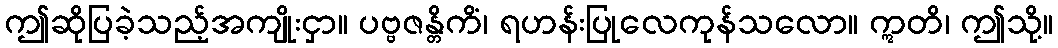
ဤဆိုပြခဲ့သည့်အကျိုးငှာ။ ပဗ္ဗဇန္တိကိံ၊ ရဟန်းပြုလေကုန်သလော။ ဣတိ၊ ဤသို့။